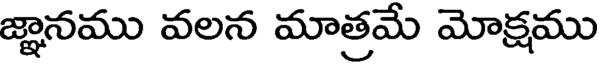
జ్ఞానము వలన మాత్రమే మోక్షము